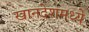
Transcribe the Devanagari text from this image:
खानदेशमध्ये